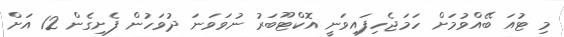
މި ޓުއަ ބޭއްވުމަށް ހަމަޖެހިފައިވަނީ އޮކްޓޫބަރު ނުވަވަނަ ދުވަހުން ފެށިގެން 12 އަށް